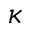
\kappa